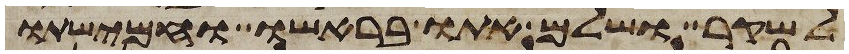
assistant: לשקר ושלם אתו בראשו וחמישתו